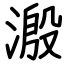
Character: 溵